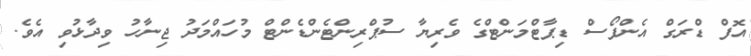
އޮފް ޑްރަގް އެންފޯސް ޑިޕާޓްމަންޓްގެ ވެރިޔާ ސުޕްރިންޓެންޑެންޓް މުހައްމަދު ޖިނާހު ވިދާޅުވި އެވެ.